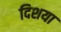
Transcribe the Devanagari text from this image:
दिशया